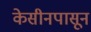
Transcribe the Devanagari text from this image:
केसीनपासून